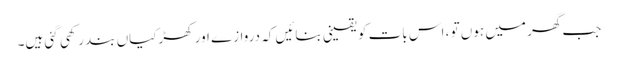
جب گھر میں ہوں تو ، اس بات کو یقینی بنائیں کہ دروازے اور کھڑکیاں بند رکھی گئی ہیں۔